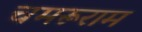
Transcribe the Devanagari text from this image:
चमरूराम